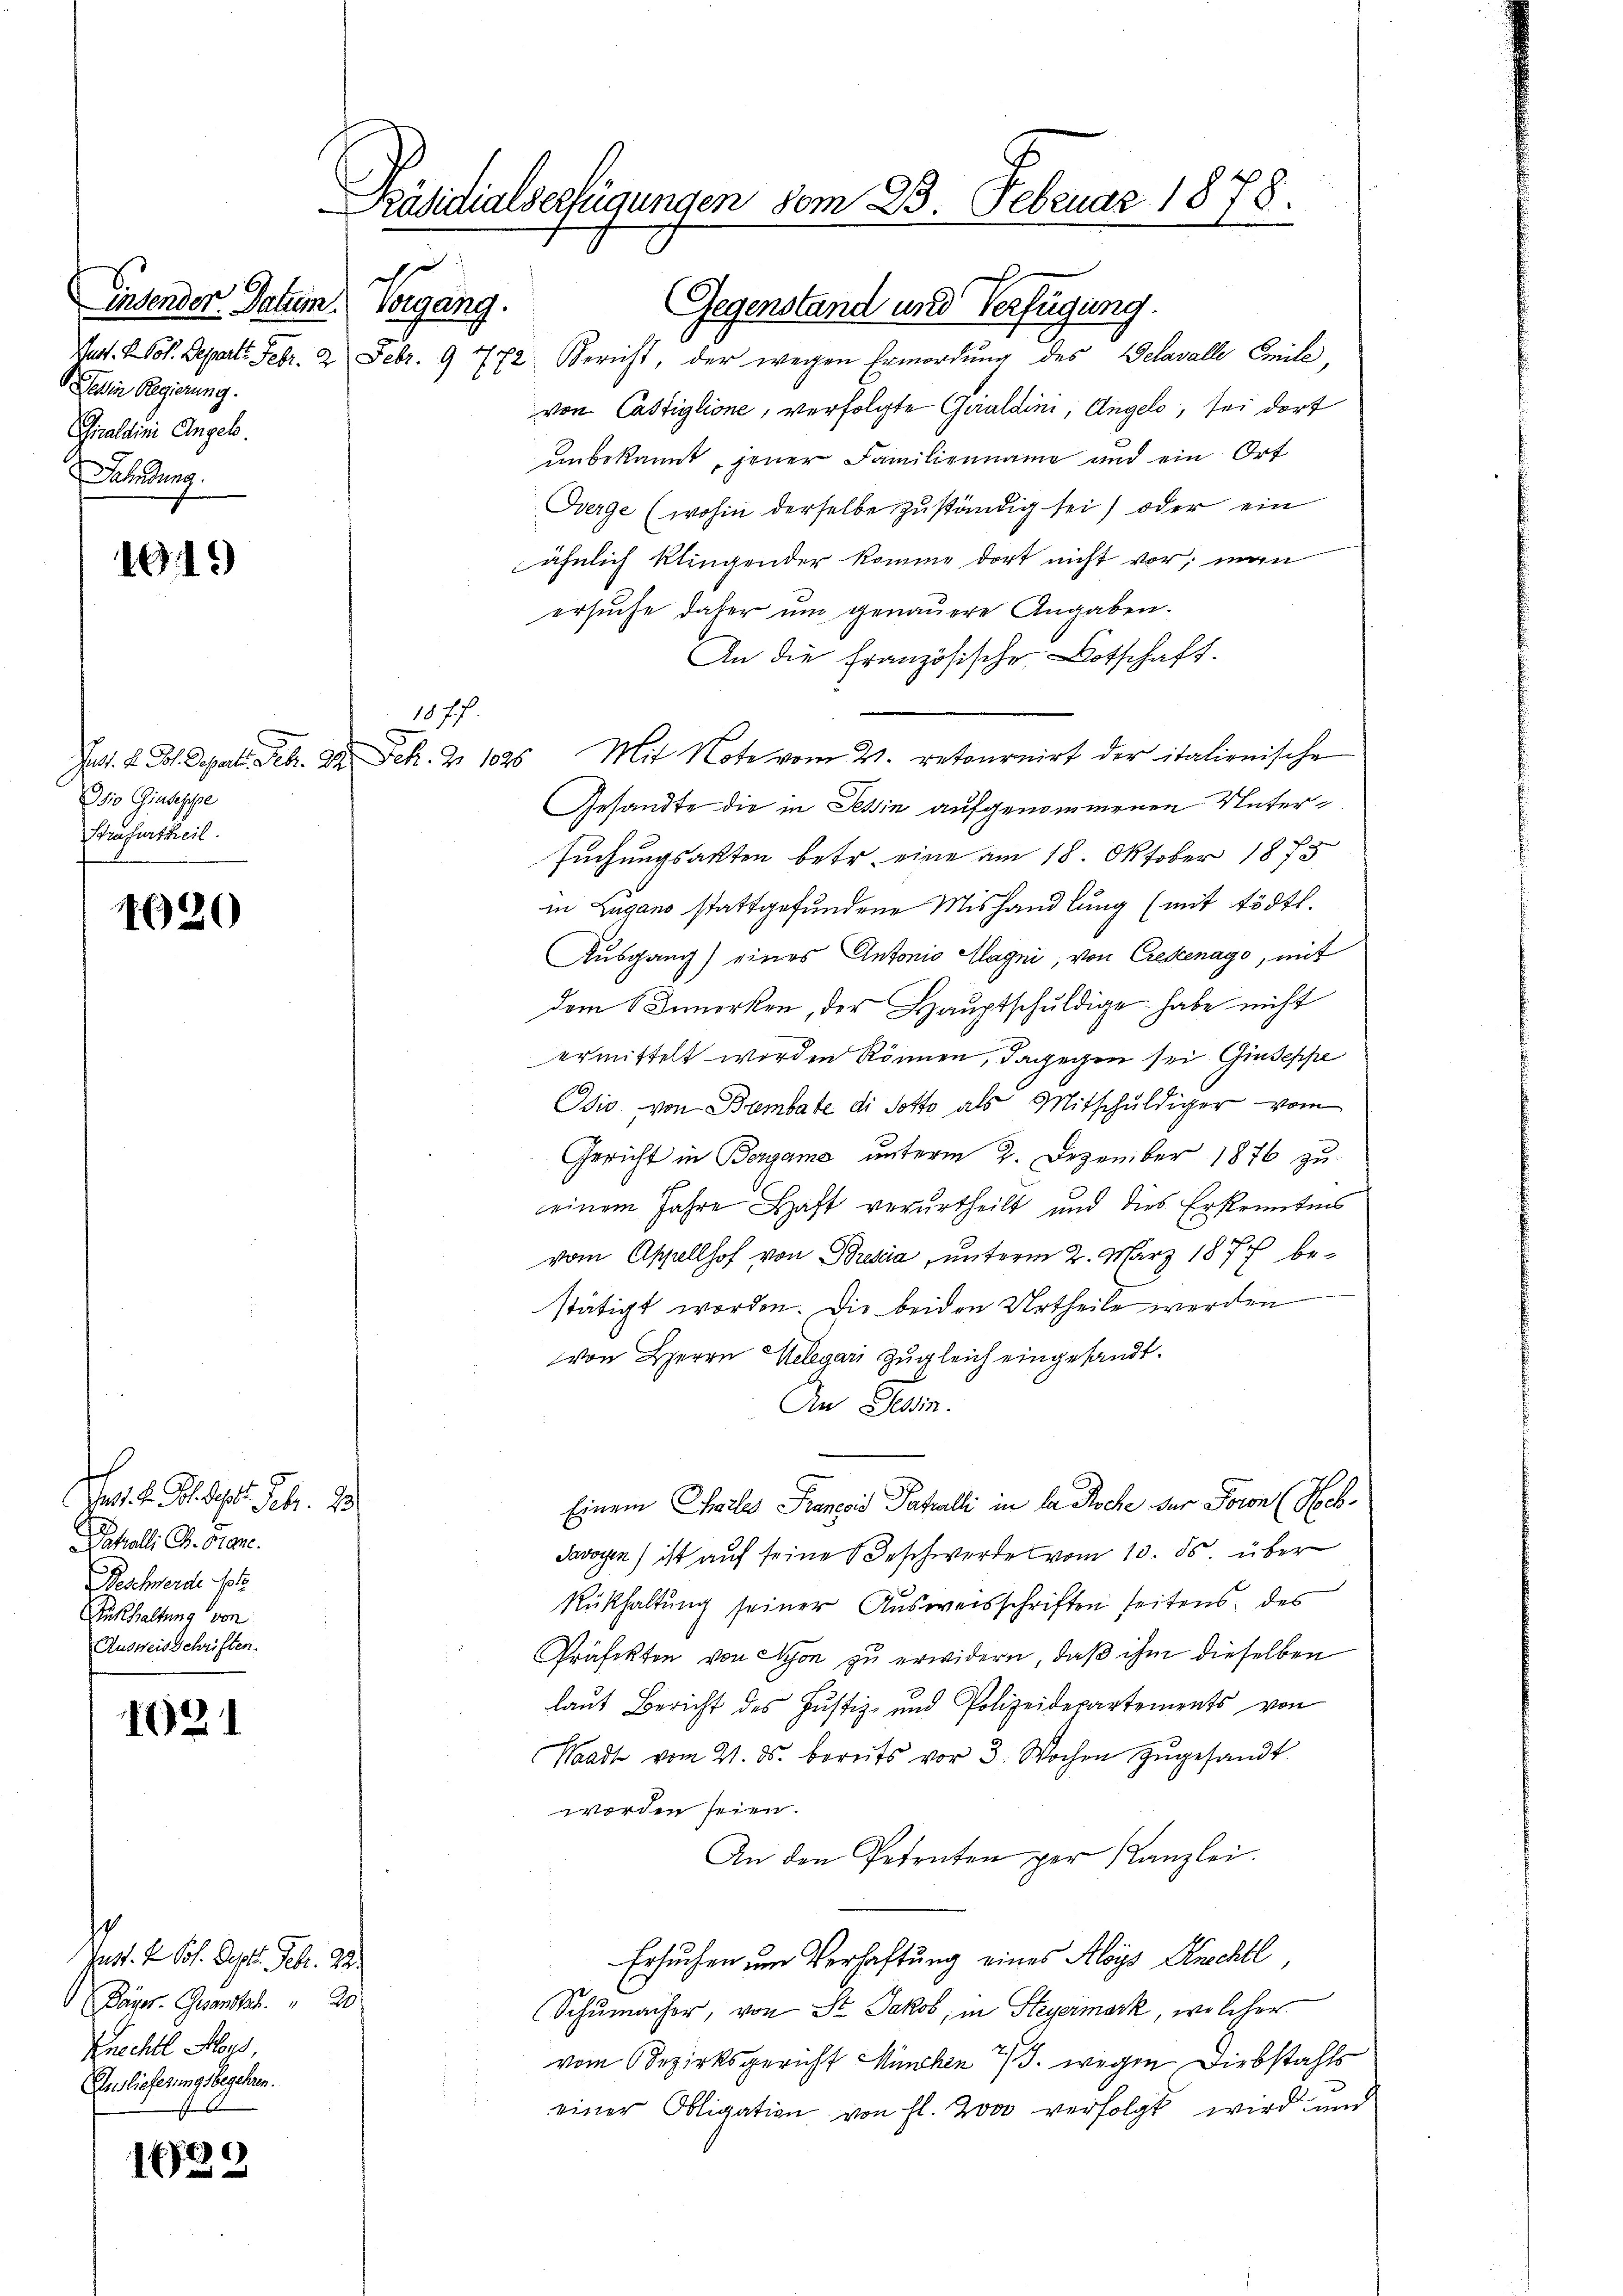
insender Datum Vorgang.
Jeden Regierung.
Gnaldini Angel.
bedung.

1919

1077.
Isio Giuseppe
Strafurtheil.

1020

Jes. v. Philist. Febr. 13
Jahalli G. Frane.
Beschwerde sol
ükhaltung von
Ausweisschriften.

1621

Jart. 4 Sch. Sept. Feb. 92.
Bayer. Gesandthat. 20
Knechtl Moys,
Auslieferungsbegehren.
s

16
.

Präsidialverfügungen vom 23. Februar 1878.
i

Gegenstand und Verfügung.
Mad. L. Pot. Departe. Febr. 2 Febr. 9 772 Bericht, der wegen Ermordŭng des Gelavalle Emile,
von Cassiglione, verfolgte Gualdini, Angels, sei dort
unbekannt, jener Familienname und ein Ort
Berge (wohin derselbe zuständig sei, oder ein
ähnlich klingender komme dort nicht vor man
ersuche daher um genauere Angaben.
An die Französische Botschaft.
Jas. k. Joh. Depart. Febr. 24. Sch. 2. 1826. Mit Note vom 2. retournirt der italionische
Gesandte die in Tessin aufgenommenen Untersuchungsakten betr. eine am 18. Oktober 1873
in Zugano stattgefundene Mishandlung (mit tödtl.
Ausgang) eines Antonio Magni, von Credenage, mit
dem Bemerken, der Hauptschuldige habe nicht
ermittelt worden können, dagegen sei Giuseppe
Idio von Bambate di sotto als Mitschuldiger vom
Gericht in Bergame unterm 2. Dezember 1876 zu
einem Jahre Haft verurtheilt und dies Erkenntnis
vom Appellhof von Bresia, unterm 2. März 1874 bestätigt worden. Die beiden Urtheile werden
von Herrn Gelegari zugleich eingesandt.
An Stein.
Einem Chales Prancois Pakalli in da Roche der Foron (Noch¬
Savoyen ist auf seine Beschwerde vom 10. ds. über
Rükhaltung seiner Ausweisschriften seitens des
Präfekten von Mison zu erwidern, daß ihm dieselben
laut Bericht des Justiz- und Polizeidepartements von
Waadt vom 21. ds. bereits vor 3 Wochen zŭgesandt.
worden seien.
An den Petenten per Kanzlei.
Ersuchen um Verhaftung eines Aloys Knechtl,
Schumacher, von St. Jakob, in Steyermark, welcher
vom Bezirksgericht München 1/3. wegen Diebstahls
einer Obligation von fl. Bon verfolgt wird und